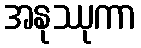
အနုဿုကာ